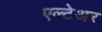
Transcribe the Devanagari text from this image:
एल्टेअर